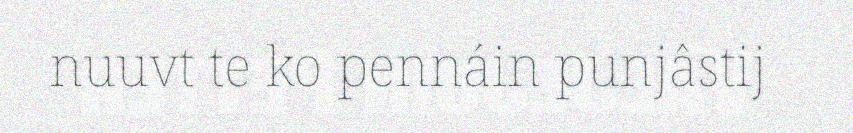
nuuvt te ko pennáin punjâstij